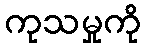
ကုသမှုကို